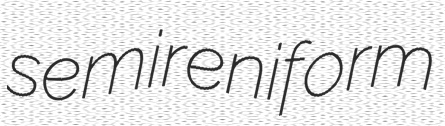
semireniform